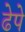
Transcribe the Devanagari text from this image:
ढेपे